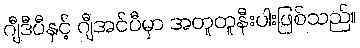
ဂျီဒီပီနှင့် ဂျီအင်ပီမှာ အတူတူနီးပါးဖြစ်သည်။